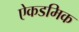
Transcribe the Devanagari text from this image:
ऐकडमिक